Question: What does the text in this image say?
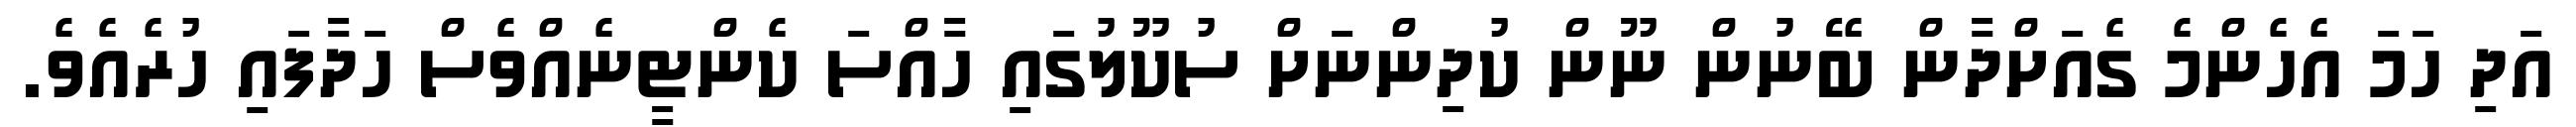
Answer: އަދި ހަމަ އެހެންމެ ގެއަށްދާން ބޭނުން ނޫން ކުދިންނަށް ސުކޫލުގައި ހާއްސަ ކެންޓީނެއްވެސް ހަދާފައި ހުރެއެވެ.